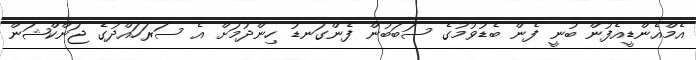
އެމްއެންޑީއެފުން ބުނީ ފެން ބެޑުވުމުގެ ސަބަބުން ފެންގަނޑު ހިންދުމަށް އެ ސަރަހައްދުގެ ޖަންކްޝަން